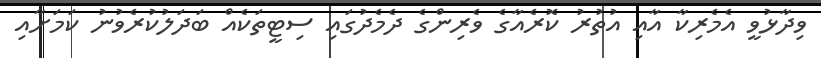
ވިދާޅުވީ އެމެރިކާ އާއި އުތުރު ކޮރެއާގެ ވެރިންގެ ދެމެދުގައި ސިޓީތަކެއް ބަދަލުކުރެވުނު ކަމަށާއި